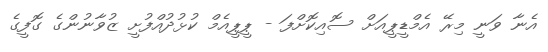
އެނާ ވަނީ މިރޭ އެމްޑީޕީއަށް ސޮއިކޮށްފަ - ޕީޕީއެމް ކުޅުދުއްފުށީ ޒުވާނުންގެ ގޮފީގެ